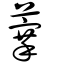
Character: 藆